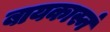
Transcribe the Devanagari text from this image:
बायकास्नं